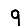
Digit: 9